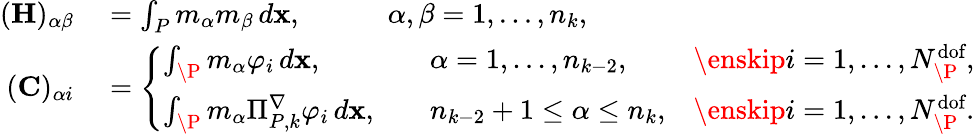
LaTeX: \begin{array}{rl}{(\mathbf{H})_{\alpha\beta}}&{{}=\int_{{P}}m_{\alpha}m_{\beta}\, d\mathbf{x},\qquad\quad\alpha,\beta=1,...,n_{k},}\\ {(\mathbf{C})_{\alpha i}}&{{}=\left\{ \begin{array}{lll}{\int_{\P}m_{\alpha}\varphi_{i}\, d\mathbf{x},}&{\quad\alpha=1,...,n_{k-2},}&{\enskip i=1,...,N_{\P}^{\textrm{dof}},}\\ {\int_{\P}m_{\alpha}\Pi_{{P},k}^{\nabla}\varphi_{i}\, d\mathbf{x},}&{\quad n_{k-2}+1\leq\alpha\leq n_{k},}&{\enskip i=1,...,N_{\P}^{\textrm{dof}}.}\end{array}\right.}\end{array}